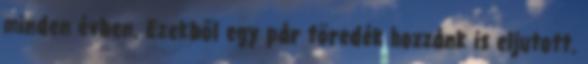
minden évben. Ezekből egy pár töredék hozzánk is eljutott.